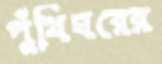
পুঁথিঘরের